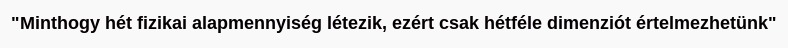
"Minthogy hét fizikai alapmennyiség létezik, ezért csak hétféle dimenziót értelmezhetünk"